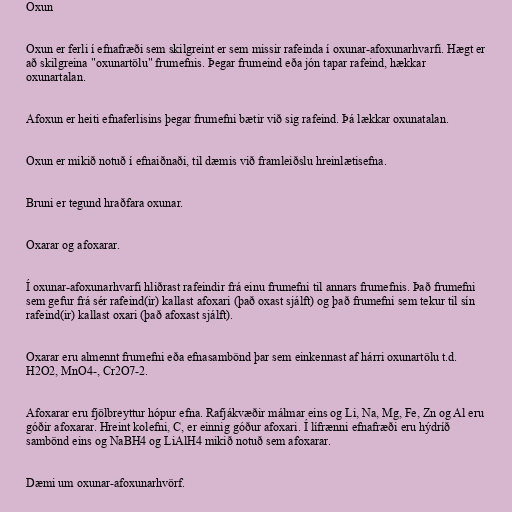
Oxun

Oxun er ferli í efnafræði sem skilgreint er sem missir rafeinda í oxunar-afoxunarhvarfi. Hægt er
að skilgreina "oxunartölu" frumefnis. Þegar frumeind eða jón tapar rafeind, hækkar
oxunartalan.

Afoxun er heiti efnaferlisins þegar frumefni bætir við sig rafeind. Þá lækkar oxunatalan.

Oxun er mikið notuð í efnaiðnaði, til dæmis við framleiðslu hreinlætisefna.

Bruni er tegund hraðfara oxunar.

Oxarar og afoxarar.

Í oxunar-afoxunarhvarfi hliðrast rafeindir frá einu frumefni til annars frumefnis. Það frumefni
sem gefur frá sér rafeind(ir) kallast afoxari (það oxast sjálft) og það frumefni sem tekur til sín
rafeind(ir) kallast oxari (það afoxast sjálft).

Oxarar eru almennt frumefni eða efnasambönd þar sem einkennast af hárri oxunartölu t.d.
H2O2, MnO4-, Cr2O7-2.

Afoxarar eru fjölbreyttur hópur efna. Rafjákvæðir málmar eins og Li, Na, Mg, Fe, Zn og Al eru
góðir afoxarar. Hreint kolefni, C, er einnig góður afoxari. Í lífrænni efnafræði eru hýdríð
sambönd eins og NaBH4 og LiAlH4 mikið notuð sem afoxarar.

Dæmi um oxunar-afoxunarhvörf.